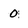
Character: 0